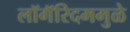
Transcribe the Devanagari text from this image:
लॉगॅरिदममुळे